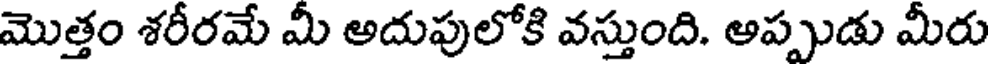
మొత్తం శరీరమే మీ అదుపులోకి వస్తుంది. అప్పుడు మీరు